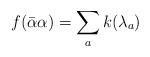
LaTeX: \begin{align*}f(\bar{\alpha}\alpha)=\sum_ak(\lambda_a)\end{align*}